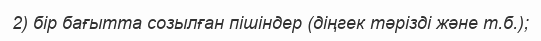
2) бір бағытта созылған пішіндер (діңгек тәрізді және т.б.);